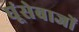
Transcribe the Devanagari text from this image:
घूंसेबाजों